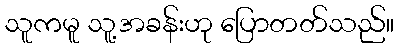
သူကမူ သူ့အခန်းဟု ပြောတတ်သည်။